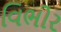
વિભોર